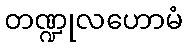
တဏ္ဍုလဟောမံ